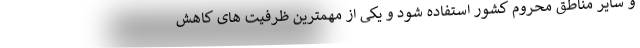
و سایر مناطق محروم کشور استفاده شود و یکی از مهمترین ظرفیت های کاهش